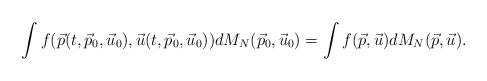
LaTeX: \begin{align*} \int f (\vec p(t,\vec p_0,\vec u_0),\vec u(t,\vec p_0,\vec u_0)) dM_N(\vec p_0,\vec u_0) = \int f (\vec p,\vec u )dM_N(\vec p,\vec u) .\end{align*}